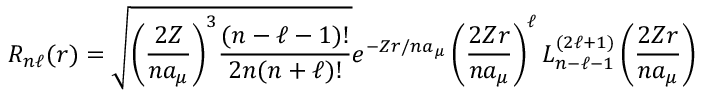
R _ { n \ell } ( r ) = { \sqrt { { \left( { \frac { 2 Z } { n a _ { \mu } } } \right) } ^ { 3 } { \frac { ( n - \ell - 1 ) ! } { 2 n ( n + \ell ) ! } } } } e ^ { - Z r / { n a _ { \mu } } } \left( { \frac { 2 Z r } { n a _ { \mu } } } \right) ^ { \ell } L _ { n - \ell - 1 } ^ { ( 2 \ell + 1 ) } \left( { \frac { 2 Z r } { n a _ { \mu } } } \right)